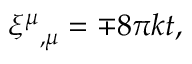
{ \xi ^ { \mu } } _ { , \mu } = \mp 8 \pi k t ,